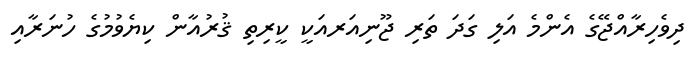
ދިވެހިރާއްޖޭގެ އެންމެ އަލި ގަދަ ތަރި ޖޫނިއަރއަކީ ކީރިތި ޤުރުއާން ކިޔެވުމުގެ ހުނަރާއި